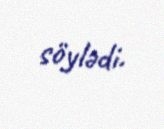
söylədi.